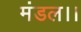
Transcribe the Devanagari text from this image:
मंडल।।